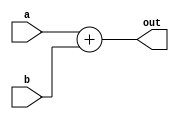
`timescale 1ns / 1ps
//////////////////////////////////////////////////////////////////////////////////
// Company: 
// Engineer: 
// 
// Design Name: 
// Module Name: Adder
// Project Name: 
// Target Devices: 
// Tool Versions: 
// Description: 
// 
// Dependencies: 
// 
// Revision:
// Revision 0.01 - File Created
// Additional Comments:
// 
//////////////////////////////////////////////////////////////////////////////////


module Adder # (parameter width = 32)( input[width-1:0] a,b, output reg[31:0] out

    );
    
    always @* begin
    out = a+b;
    end
    
endmodule